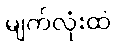
မျက်လုံးထဲ